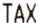
TAX